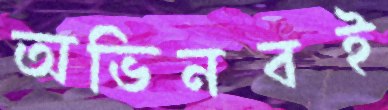
অভিনবই